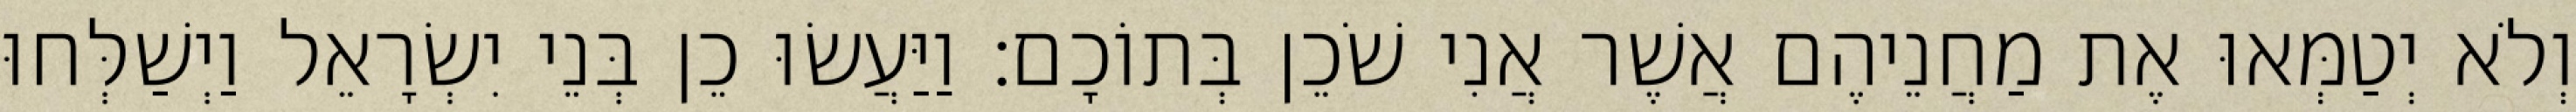
וְלֹא יְטַמְּאוּ אֶת מַחֲנֵיהֶם אֲשֶׁר אֲנִי שֹׁכֵן בְּתוֹכָם׃ וַיַּעֲשׂוּ כֵן בְּנֵי יִשְׂרָאֵל וַיְשַׁלְּחוּ